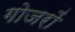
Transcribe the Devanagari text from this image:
गोजरों